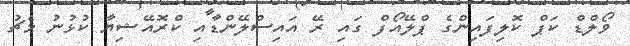
ވޯލްޑް ކަޕް ކޮލިފައިންގެ ޕްލޭއޯފް ގައި ރޭ އައިސްލޭންޑާއި ކްރޮއޭޝިޔާ ކުޅުނު މެޗު